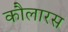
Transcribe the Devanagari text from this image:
कौलारस